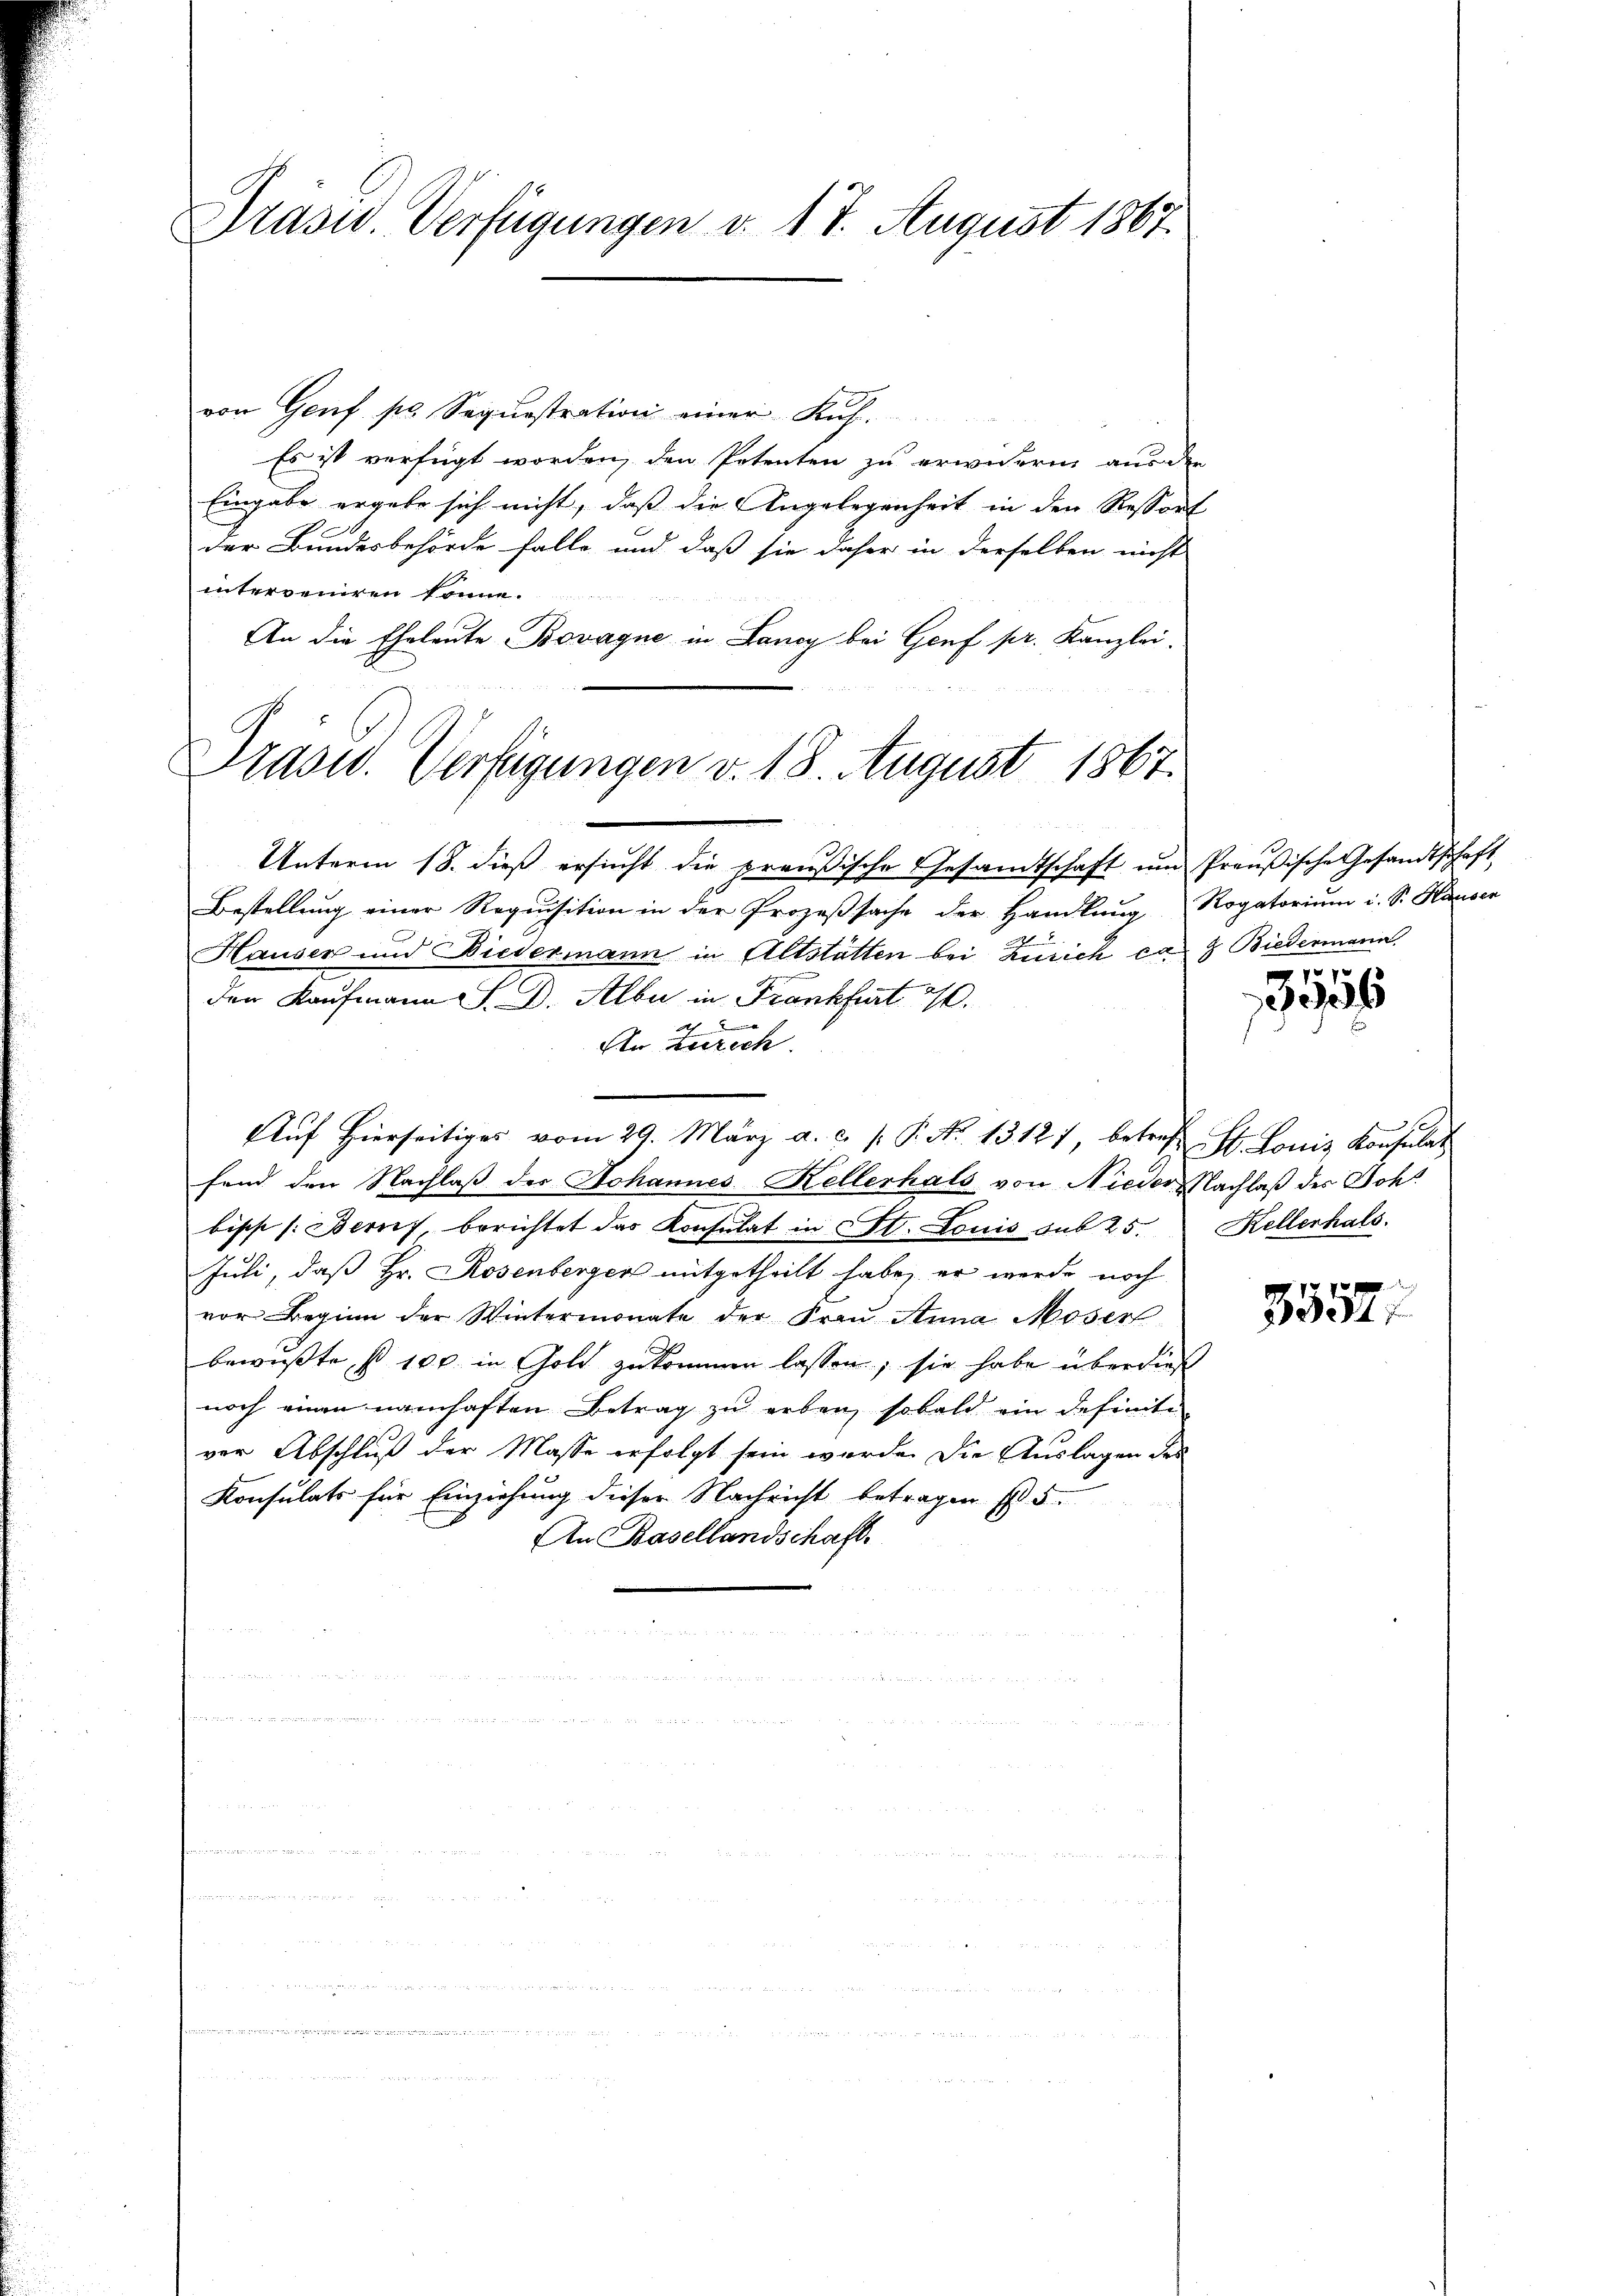
Präsid. Verfügungen d. 17. August 1867.

von Genf po Sequestration einer Kuh
Es ist verfügt worden, den Petenten zu erwidern aus der
Eingabe ergebe sich nicht, daß die Angelegenheit in den Restorf
der Bundesbehörde falle und daß sie daher in derselben nicht
interoenneren könne.
An die Eheleute Bovagne in Lancy bei Genf pr. Kanzlei.

Präsid. Verfügungen v. 18. August 1867.

Unterm 18. dieβ ersŭcht die preußische Gesandtschaft ŭm Preußische Gesandtschaft
Bestellung einer Requisition in der Prozeßsache der Handlung Rogatorium i. S. Hausen
Hauser und Biedermann in Altstatten bei Zürich ca 7 Biedermann
den Kaufmann S. D. Alber in Frankfurt 20.
An Zürich.
Aŭf hierseitiges vom 29. März a. c. s. P. Nr. 13127 betref St. Louis Konsulat
fend den Nachlaß der Johannes Kellerhals von Nieder Nachlaß des Joh.
bips /: Beruf, berichtet das Konsulat in St. Louis sub 25.
Juli, daß Hr. Rosenberger mitgetheilt habe, er werde noch
vor Beginn der Wintermonate der Frau Anna Moser
bewusste s 100. in Gold zukommen lassen; sie habe überdies
noch einen namhaften Betrag zu erben, sobald ein definiti
vor Abschluß der Masse erfolgt sein werde. Die Auslagen des
Konsulats für Einziehung dieser Nachricht betragen fl. 5.
An Basellandschaft.

3556

Kellerhals.

3334